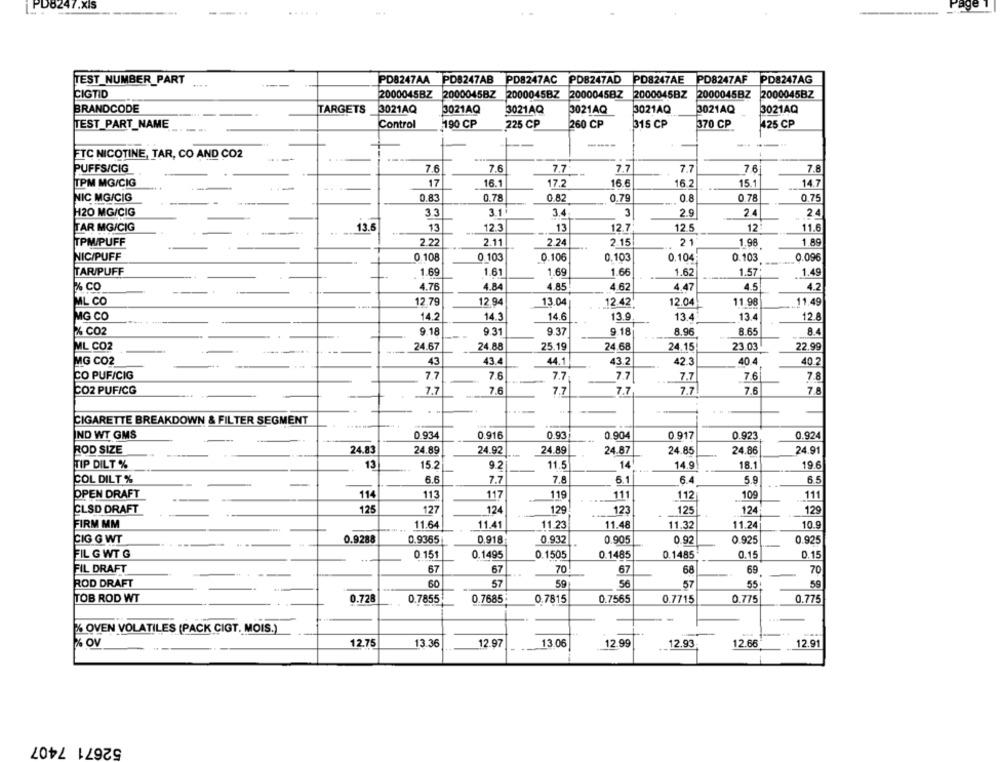
PD6247.XIS
Page
TEST NUMBER_PART
PD8247AA
PD8247AB
PD8247AC
PD8247AD
PD8247AE
PD8247AF
PD8247AG
CIGTID
2000045BZ
2000045BZ
2000045BZ
2000045BZ
2000045BZ
2000045BZ
2000045BZ
BRANDCODE
TARGETS
3021AQ
3021AQ
3021AQ
3021AQ
3021AQ
3021AQ
3021AQ
TEST_PART_NAME
Control
190 CP
225 CP
260 CP
315 CP
370 CP
425 CP
------
FTC NICOTINE, TAR, CO AND CO2
7.6
7.7
7.7
7.8
PUFFS/CIG
7.6
7.7
7.6
TPM MG/CIG
17
16.1
17.2
16.6
16.2
15.1
14.7
NIC MG/CIG
0.83
0.78
0.82
0.79
0.8
0.78
0.75
H20 MG/CIG
3.3
3.1
3.4
3
2.9
2.4
2.4
TAR MG/CIG
13.5
13
12.3
13
12.7
12.5
12
11.6
TPM/PUFF
2.22
2.11
2.24
2.15
21
1.98
1.89
NIC/PUFF
0.108
0 103
0.106
0.103
0.104
0.103
0.096
TAR/PUFF
1.69
1.61
1.69
1.66
1.62
1.57
1.49
% CO
4.76
4.84
4.85
4.62
4.47
4.5
4.2
ML CO
12,79
12.94
13.04
12.42
12.04
11.98
11.49
MG CO
14.2
14.3
14.6
13.9
13.4
13.4
12.8
& CO2
9.18
9.31
9.37
9.18
8.96
8.65
8.4
ML CO2
24.67
24.88
25.19
24.68
24.15
23.03
22.99
MG CO2
43
43.4
44.1
43.2
42.3
40.4
40.2
CO PUF/CIG
7.7
7.6
7.7
7.7
7.7
7.6
7.8
CO2 PUFICG
7.7
7.6
7.7
7.7
7.7
7.6
7.8
CIGARETTE BREAKDOWN & FILTER SEGMENT
IND WT GMS
0.934
0.916
0.93
0.924
0.904
0.917
0.923
ROD SIZE
24.83
24.89
24.92
24.89
24.87
24.85
24.86
24.91
TIP DILT %
13
15.2
9.2
11.5
14
14.9
18.1
19.6
COL DILT %
6.6
7.7
7.8
5.1
6.4
5.9
6.5
OPEN DRAFT
114
113
117
119
111
112
109
111
CLSD DRAFT
125
127
124
129
123
125
124
129
FIRM MM
11.64
11.41
11.23
11.48
11.32
11.24
10.9
CIG G WT
0.9288
0.9365
0.918
0.932
0.905
0.92
0.925
0.925
FIL G WT G
0.151
0.1495
0.1505
0.1485
0.1485
0.15
0.15
FIL DRAFT
67
67
70
67
68
69
70
ROD DRAFT
60
57
57
59
TOB ROD WT
0.728
0.7855
0.7685
0.7815
0.7565
0.7715
0.775
0.775
% OVEN VOLATILES (PACK CIGT. MOIS.)
% OV
12.75
13.36
12.97
13.06
12.99
12.93
12.66
12.91
52671 7407